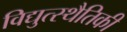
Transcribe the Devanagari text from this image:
विद्युत्स्थैतिकी